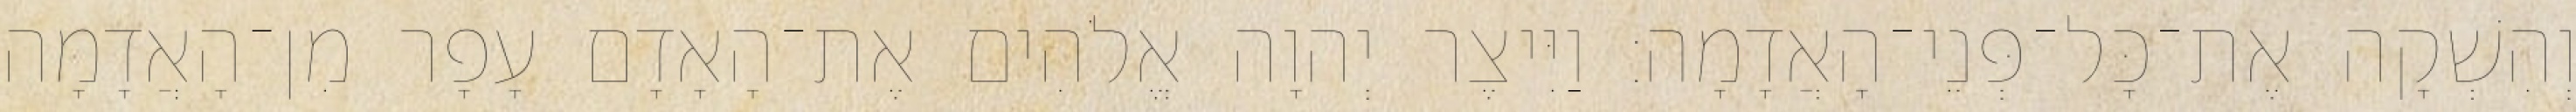
וְהִשְׁקָה אֶת־כָּל־פְּנֵי־הָאֲדָמָה׃ וַיִּיצֶר יְהוָה אֱלֹהִים אֶת־הָאָדָם עָפָר מִן־הָאֲדָמָה